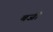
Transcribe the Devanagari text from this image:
बजीं